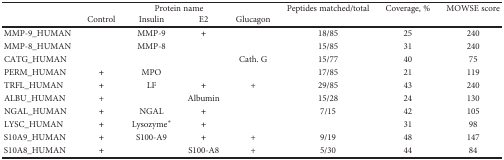
|  | <COLSPAN=4> Protein name | Peptides matched/total | Coverage, % | MOWSE score |
 |  | Control | Insulin | E2 | Glucagon |  |  |  |
 | --- | --- | --- | --- | --- | --- | --- | --- |
 | MMP-9_HUMAN |  | MMP-9 | + |  | 18/85 | 25 | 240 |
 | MMP-8_HUMAN |  | MMP-8 |  |  | 15/85 | 31 | 240 |
 | CATG_HUMAN |  |  |  | Cath. G | 15/77 | 40 | 75 |
 | PERM_HUMAN | + | MPO |  |  | 17/85 | 21 | 119 |
 | TRFL_HUMAN | + | LF | + | + | 29/85 | 43 | 240 |
 | ALBU_HUMAN | + |  | Albumin |  | 15/28 | 24 | 130 |
 | NGAL_HUMAN | + | NGAL | + |  | 7/15 | 42 | 105 |
 | LYSC_HUMAN | + | Lysozyme∗ | + |  |  | 31 | 98 |
 | S10A9_HUMAN | + | S100-A9 | + | + | 9/19 | 48 | 147 |
 | S10A8_HUMAN | + |  | S100-A8 | + | 5/30 | 44 | 84 |